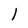
Character: l